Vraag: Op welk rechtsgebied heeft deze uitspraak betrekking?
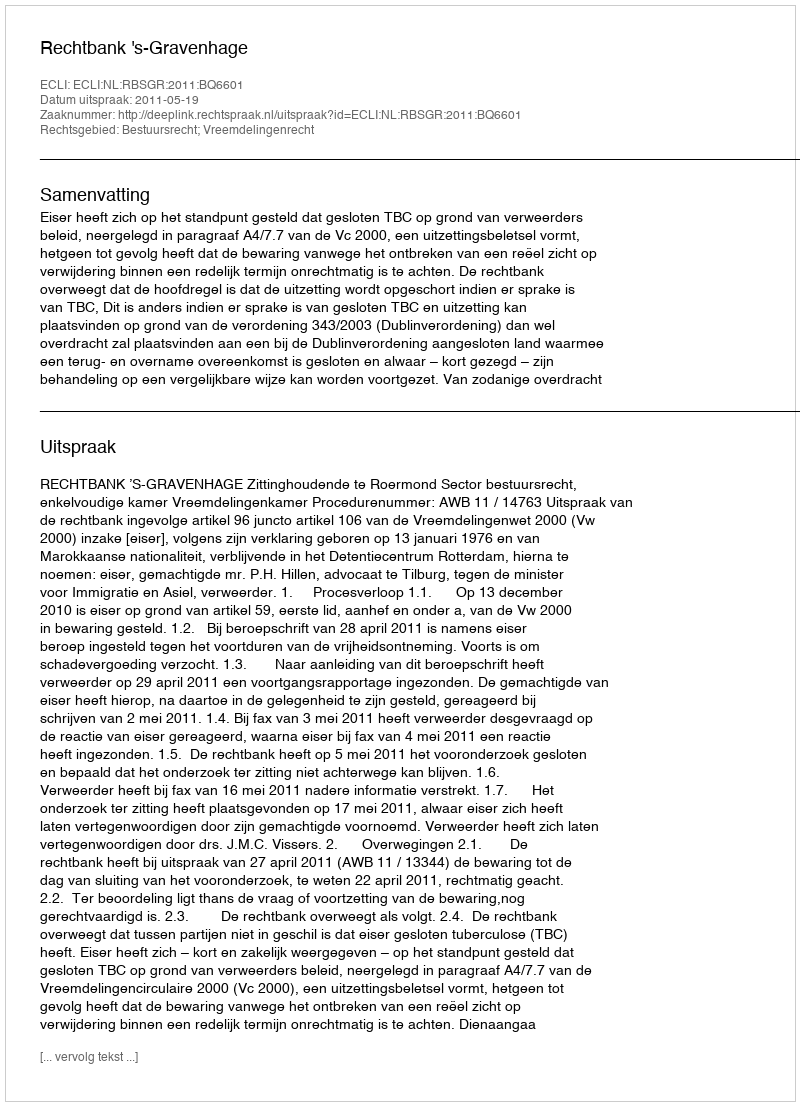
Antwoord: Bestuursrecht; Vreemdelingenrecht